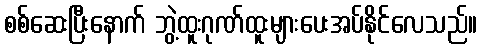
စစ်ဆေးပြီးနောက် ဘွဲ့ထူးဂုဏ်ထူးများပေးအပ်နိုင်လေသည်။